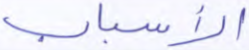
الأسباب